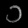
Digit: ၁